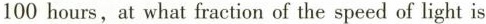
100 hours, at what fraction of the speed of light is